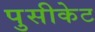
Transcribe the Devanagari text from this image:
पुसीकेट